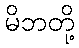
မိဘတို့